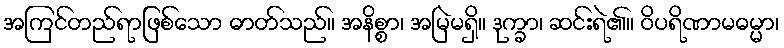
အကြင်တည်ရာဖြစ်သော ဓာတ်သည်။ အနိစ္စာ၊ အမြဲမရှိ။ ဒုက္ခာ၊ ဆင်းရဲ၏။ ဝိပရိဏာမဓမ္မာ၊